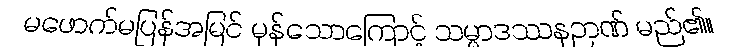
မဖောက်မပြန်အမြင် မှန်သောကြောင့် သမ္မာဒဿနဉာဏ် မည်၏။